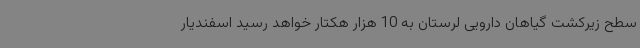
سطح زیرکشت گیاهان دارویی لرستان به 10 هزار هکتار خواهد رسید اسفندیار